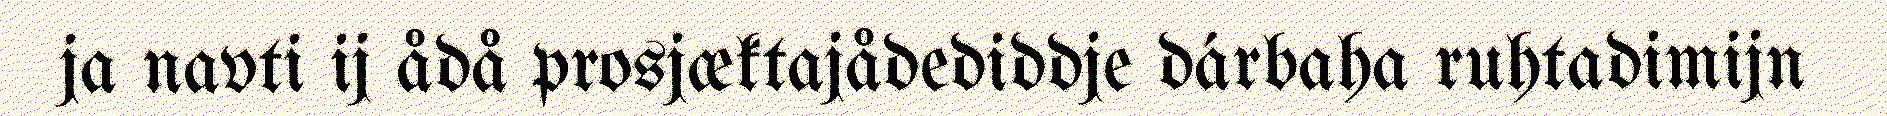
ja navti ij ådå prosjæktajådediddje dárbaha ruhtadimijn